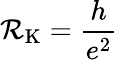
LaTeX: \mathcal{R}_{\mathrm{{K}}}={\frac{{h}}{{e^{2}}}}